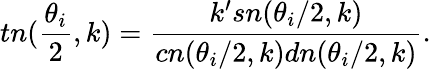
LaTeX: tn(\frac{\theta_{i}}{2},k)=\frac{k^{\prime}sn(\theta_{i}/2,k)}{cn(\theta_{i}/2,k)dn(\theta_{i}/2,k)}.